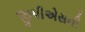
જીપીએસની